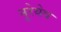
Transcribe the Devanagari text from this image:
नूरेयेव